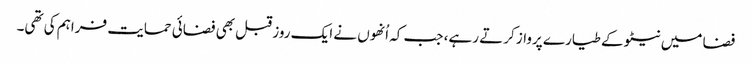
فضا میں نیٹو کے طیارے پرواز کرتے رہے، جب کہ اُنھوں نے ایک روز قبل بھی فضائی حمایت فراہم کی تھی۔